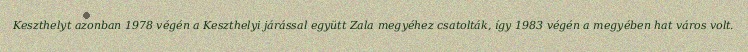
Keszthelyt azonban 1978 végén a Keszthelyi járással együtt Zala megyéhez csatolták, így 1983 végén a megyében hat város volt.